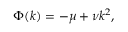
\Phi ( k ) = - \mu + \nu k ^ { 2 } ,